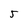
Character: 5